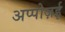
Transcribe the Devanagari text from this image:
अप्पोज़ई